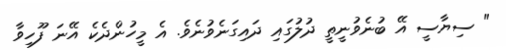
" ސިޔާސީ އޭ ބުނެވުނީތީ ދުލުގައި ދައިގަނެވުނެވެ. އެ މީހުންދެކެ އޭނަ ފޫހިވާ